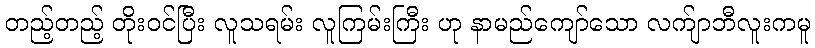
တည့်တည့် တိုးဝင်ပြီး လူသရမ်း လူကြမ်းကြီး ဟု နာမည်ကျော်သော လက်ျာဘီလူးကမူ